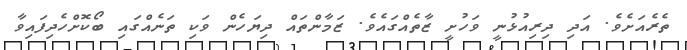
ތެރެއަށެވެ. އަދި ދިރިއުޅުނީ ވަހުށީ ޒާތެއްގައެވެ. ޒަމާންތައް ދިޔަހެން ވަކި ތަނެއްގައި ބޯކޮށްހެދިފައިވާ